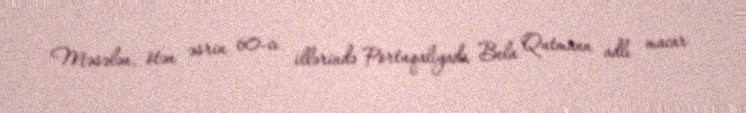
Məsələn, ötən əsrin 60-cı illərində Portuqaliyada Bela Qutmann adlı macar